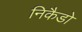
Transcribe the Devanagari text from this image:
निकैडो